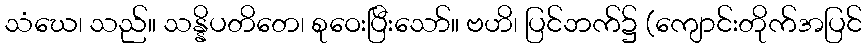
သံဃေ၊ သည်။ သန္နိပတိတေ၊ စုဝေးပြီးသော်။ ဗဟိ၊ ပြင်ဘက်၌ (ကျောင်းတိုက်အပြင်